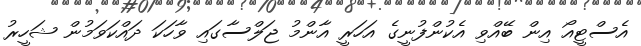
އެސްޓީއޯ އިން ބޭއްވި އެކުންފުނީގެ އަހަރީ އާންމު ޖަލްސާގައި ވާހަކަ ދައްކަވަމުން ޝަހީރު